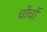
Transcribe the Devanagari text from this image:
चोंचों